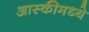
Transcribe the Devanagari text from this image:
आस्कीमध्ये